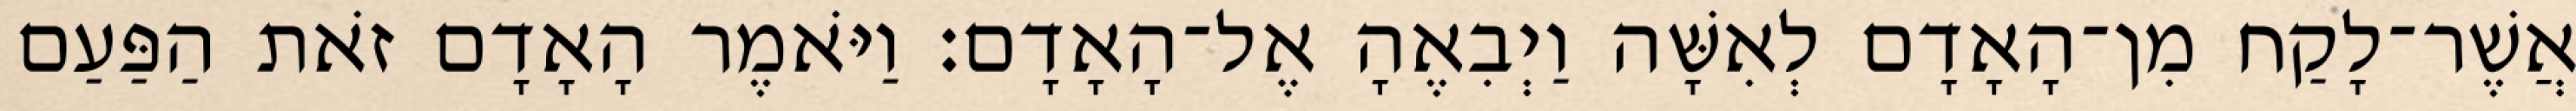
אֲשֶׁר־לָקַח מִן־הָאָדָם לְאִשָּׁה וַיְבִאֶהָ אֶל־הָאָדָם׃ וַיֹּאמֶר הָאָדָם זֹאת הַפַּעַם